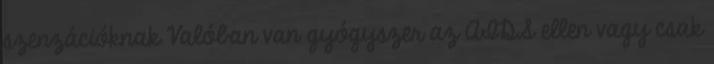
szenzációknak Valóban van gyógyszer az AIDS ellen vagy csak